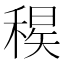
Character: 𥠝